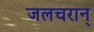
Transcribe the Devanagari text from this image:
जलचरान्